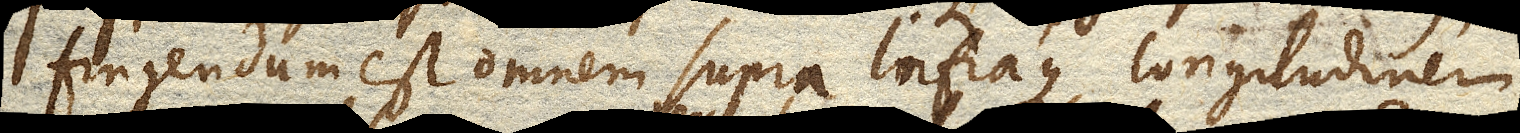
fingendum est omnem supra infraque longitudinem